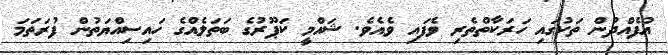
އުފެއްދުން ތަކުގައި ހަރަކާތްތެރި ވެފައި ވެއެވެ. ޝައްމީ ކަޕޫރުގެ ބަތަލެއްގެ ހައިސިއްޔަތުން ފުރަތަމަ